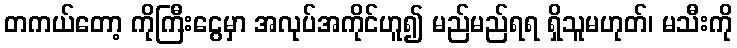
တကယ်တော့ ကိုကြီးငွေမှာ အလုပ်အကိုင်ဟူ၍ မည်မည်ရရ ရှိသူမဟုတ်၊ မသီးကို